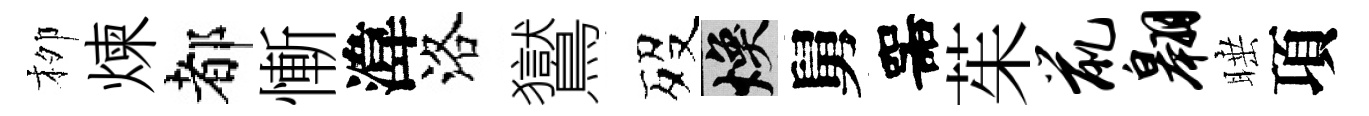
栁煉都慚湋洛鸑歿焕舅噐茱鼠翱睡項